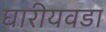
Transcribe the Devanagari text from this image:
घारीयवडा